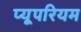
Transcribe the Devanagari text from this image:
प्यूपरियम